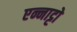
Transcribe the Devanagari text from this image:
एन्नाट्टो